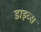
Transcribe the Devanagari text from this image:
डाइव्स